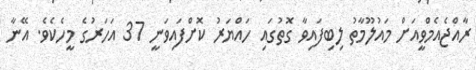
ރާއްޖެއެމްވީއަށް މައުލޫމާތު ލިބިފައިވާ ގޮތުގައި ހައްޔަރު ކޮށްފައިވަނީ 37 އަހަރުގެ މީހެކެވެ. އޭނާ